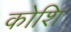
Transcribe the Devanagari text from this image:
कोशि